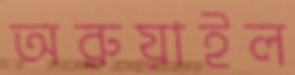
অরুয়াইল